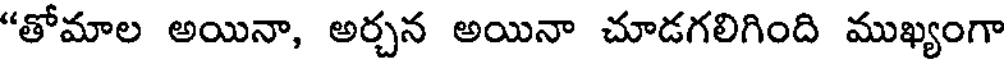
"తోమాల అయినా, అర్చన అయినా చూడగలిగింది ముఖ్యంగా